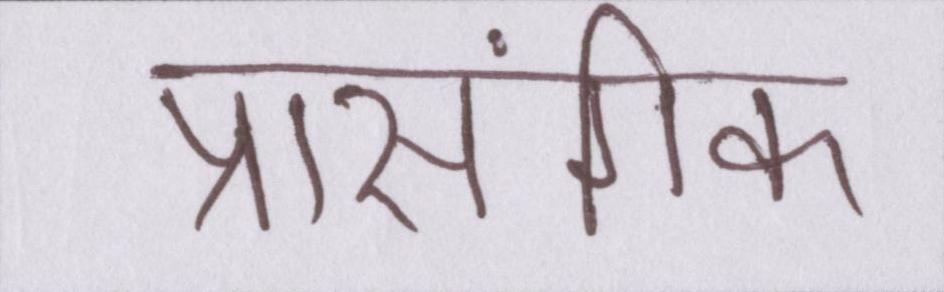
प्रासंगिक